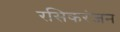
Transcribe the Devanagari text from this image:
रसिकरंजन